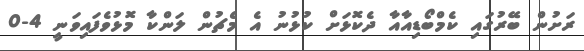
ރަށުން ބޭރުގައި ކެމްބޯޑިއާއާ ދެކޮޅަށް ކުޅުނު އެ މެޗުން ލަންކާ މޮޅުވެފައިވަނީ 4-0